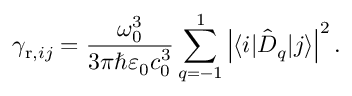
\gamma _ { \mathrm { r } , i j } = \frac { \omega _ { 0 } ^ { 3 } } { 3 \pi \hbar \varepsilon _ { 0 } c _ { 0 } ^ { 3 } } \sum _ { q = - 1 } ^ { 1 } \left| \langle i | \hat { D } _ { q } | j \rangle \right| ^ { 2 } .